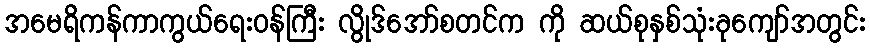
အမေရိကန်ကာကွယ်ရေးဝန်ကြီး လွိုဒ်အော်စတင်က ကို ဆယ်စုနှစ်သုံးခုကျော်အတွင်း